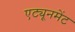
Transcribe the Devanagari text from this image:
एट्यूनमेंट